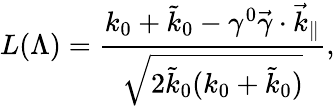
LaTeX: L(\Lambda)=\frac{k_{0}+\tilde{k}_{0}-\gamma^{0}\vec{\gamma}\cdot\vec{k}_{\| }}{\sqrt{2\tilde{k}_{0}(k_{0}+\tilde{k}_{0})}},